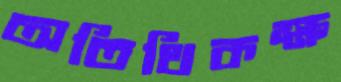
অতিথিকক্ষ